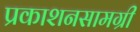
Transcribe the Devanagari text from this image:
प्रकाशनसामग्री